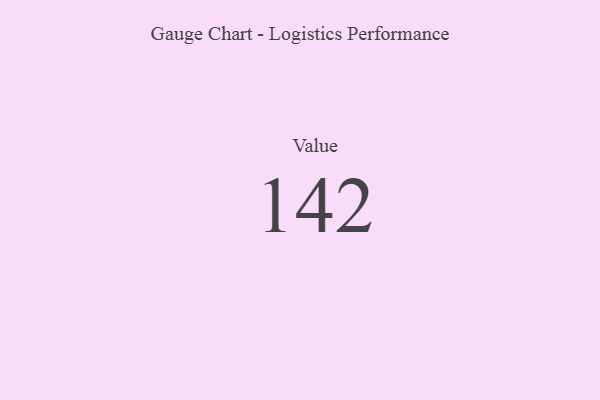
{"axis": {"x": "Metric", "y": "Value"}, "legend": [""], "data": [{"x": "Value", "y": 142, "type": ""}]}